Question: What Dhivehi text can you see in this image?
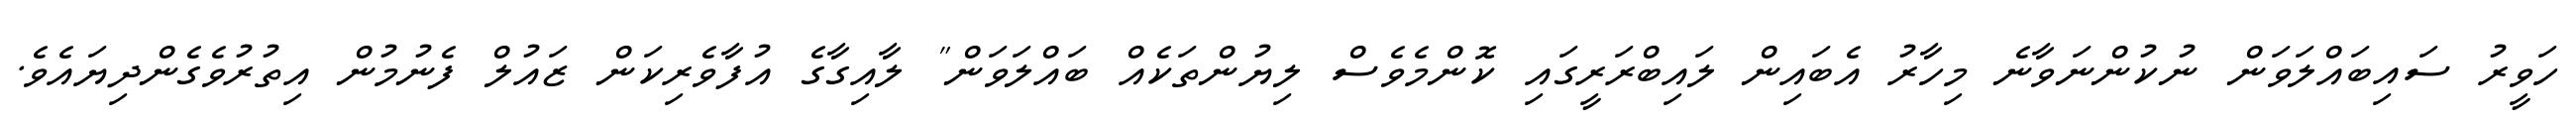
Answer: ހަވީރު ސައިބައްލަވަން ނުކުންނަވާނެ މިހާރު އެބައިން ލައިބްރަރީގައި ކޮންމެވެސް ލިޔުންތަކެއް ބައްލަވަން" ލާއިގާގެ އުފާވެރިކަން ޒައުލް ފެނުމުން އިތުރުވެގެންދިޔައެވެ.